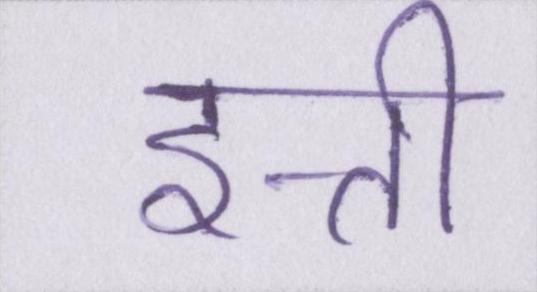
इत्ती